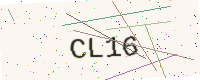
Text: CL16